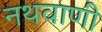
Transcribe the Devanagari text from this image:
नथवाणी